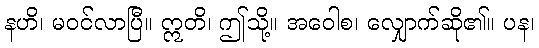
နဟိ၊ မဝင်လာပြီ။ ဣတိ၊ ဤသို့။ အဝေါစ၊ လျှောက်ဆို၏။ ပန၊